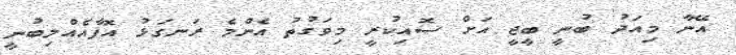
އޭނާ މިއަދު ބުނީ ބީޖީ އަށް ސޮއިކުރީ މިވަގުތު އެންމެ ރަނގަޅު އޮފާއެއްލިބުނީ